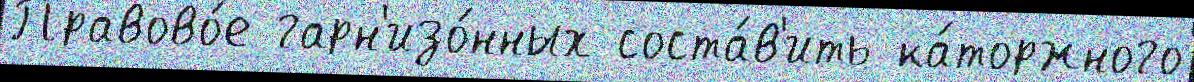
Правово́е гарн'изо́нных соста́в'ить ка́торжного